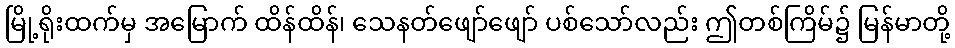
မြို့ရိုးထက်မှ အမြောက် ထိန်ထိန်၊ သေနတ်ဖျော်ဖျော် ပစ်သော်လည်း ဤတစ်ကြိမ်၌ မြန်မာတို့